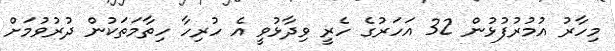
މިހާރު އުމުރުފުޅުން 32 އަހަރުގެ ހެރީ ވިދާޅުވީ އެ ހުރިހާ ހިތާމަތަކުން ދުރުވުމަށް